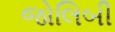
જોલિબી